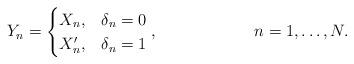
LaTeX: \begin{align*}Y_{n} = \begin{cases}X_{n}, & \delta_{n} = 0 \\X'_{n}, & \delta_{n} = 1 \\\end{cases}, & & n = 1, \dots, N.\end{align*}